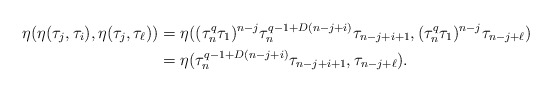
\begin{align*}\eta(\eta(\tau_j, \tau_i),\eta(\tau_j,\tau_\ell))&= \eta((\tau_n^q\tau_1)^{n-j}\tau_n^{q-1+D(n-j+i)} \tau_{{n-j+i+1}},(\tau_n^q\tau_1)^{n-j}\tau_{{n-j+\ell}}) \\ &= \eta(\tau_n^{q-1+D(n-j+i)} \tau_{{n-j+i+1}},\tau_{{n-j+\ell}}).\end{align*}